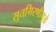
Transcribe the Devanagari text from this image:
सुतगिरणीमूळे